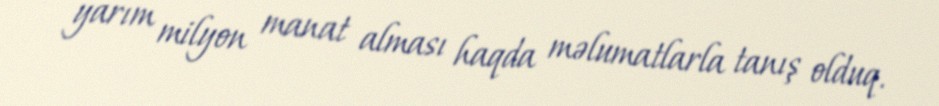
yarım milyon manat alması haqda məlumatlarla tanış olduq.